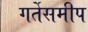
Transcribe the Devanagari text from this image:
गर्तेसमीप